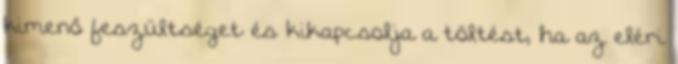
kimenő feszültséget és kikapcsolja a töltést, ha az eléri